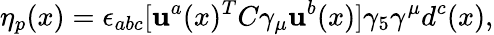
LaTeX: \eta_{p}(x)=\epsilon_{abc}[\mathbf{u}^{a}(x)^{T}C\gamma_{\mu}\mathbf{u}^{b}(x)]\gamma_{5}\gamma^{\mu}d^{c}(x),